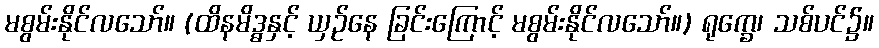
မစွမ်းနိုင်လသော်။ (ထိနမိဒ္ဓနှင့် ယှဉ်နေ ခြင်းကြောင့် မစွမ်းနိုင်လသော်။) ရုက္ခေ၊ သစ်ပင်၌။